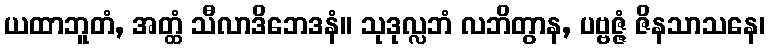
ယထာဘူတံ, အတ္ထံ သီလာဒိဘေဒနံ။ သုဒုလ္လဘံ လဘိတွာန, ပဗ္ဗဇ္ဇံ ဇိနသာသနေ၊